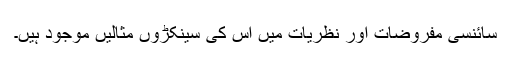
سائنسی مفروضات اور نظریات میں اس کی سینکڑوں مثالیں موجود ہیں۔